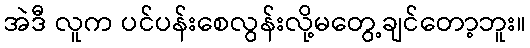
အဲဒီ လူက ပင်ပန်းစေလွန်းလို့မတွေ့ချင်တော့ဘူး။